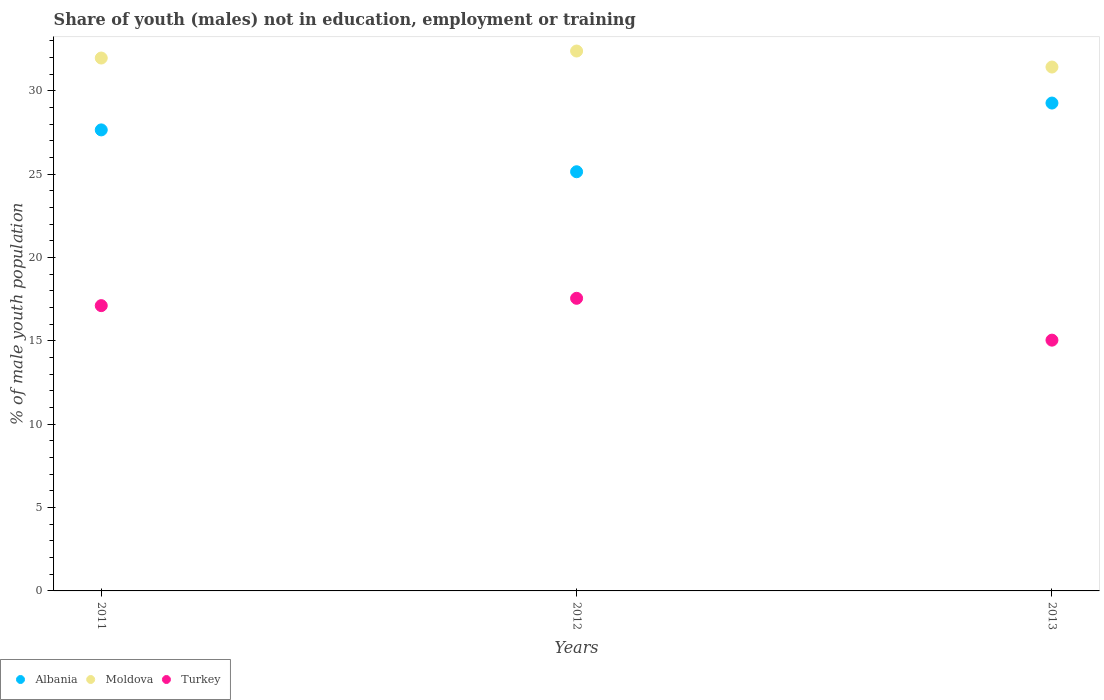
| Years | Albania | Moldova | Turkey |
 | --- | --- | --- | --- |
 | 2011 | 27.6 | 32 | 17.1 |
 | 2012 | 25.1 | 32.4 | 17.5 |
 | 2013 | 29.3 | 31.4 | 15 |